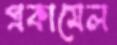
প্রকামেল